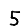
Digit: 5